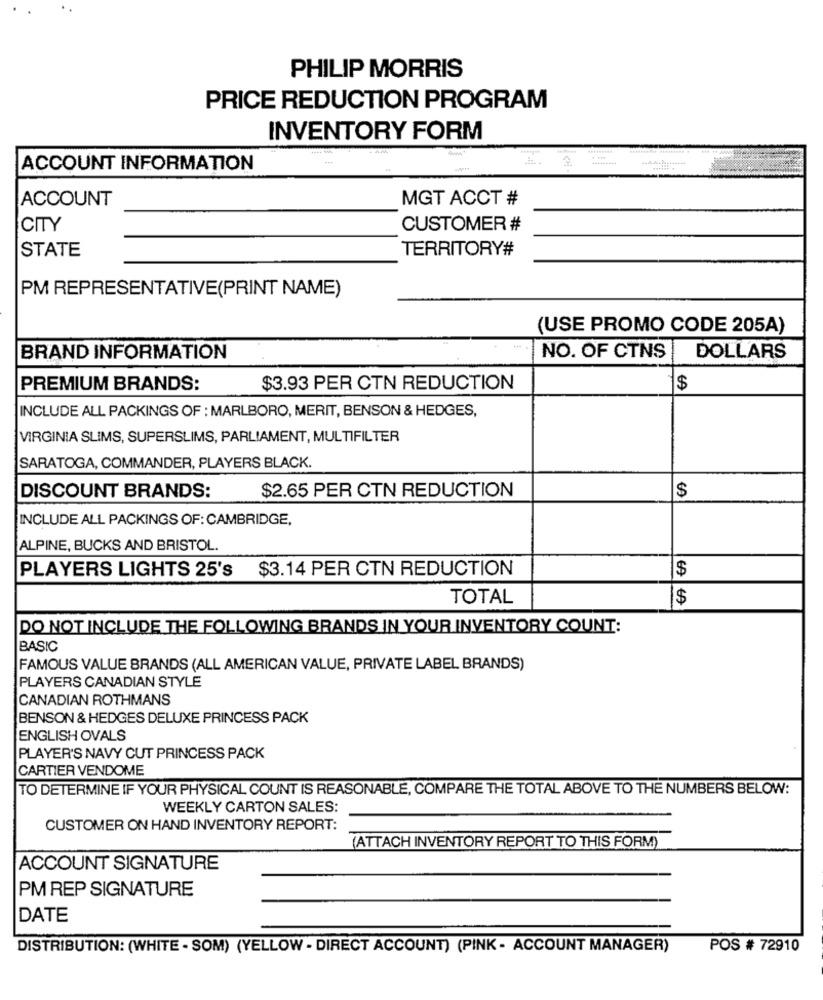
PHILIP MORRIS
PRICE REDUCTION PROGRAM
INVENTORY FORM
.........
ACCOUNT INFORMATION
ACCOUNT
MGT ACCT #
CITY
CUSTOMER #
STATE
TERRITORY#
PM REPRESENTATIVE(PRINT NAME)
(USE PROMO CODE 205A)
BRAND INFORMATION
NO. OF CTNS
DOLLARS
PREMIUM BRANDS:
$3.93 PER CTN REDUCTION
$
INCLUDE ALL PACKINGS OF : MARLBORO, MERIT, BENSON & HEDGES,
VIRGINIA SLIMS, SUPERSLIMS, PARLIAMENT, MULTIFILTER
SARATOGA, COMMANDER, PLAYERS BLACK.
DISCOUNT BRANDS:
$2.65 PER CTN REDUCTION
$
INCLUDE ALL PACKINGS OF: CAMBRIDGE,
ALPINE, BUCKS AND BRISTOL.
PLAYERS LIGHTS 25's $3.14 PER CTN REDUCTION
$
TOTAL
$
DO NOT INCLUDE THE FOLLOWING BRANDS IN YOUR INVENTORY COUNT:
BASIC
FAMOUS VALUE BRANDS (ALL AMERICAN VALUE, PRIVATE LABEL BRANDS)
PLAYERS CANADIAN STYLE
CANADIAN ROTHMANS
BENSON & HEDGES DELUXE PRINCESS PACK
ENGLISH OVALS
PLAYER'S NAVY CUT PRINCESS PACK
CARTIER VENDOME
TO DETERMINE IF YOUR PHYSICAL COUNT IS REASONABLE, COMPARE THE TOTAL ABOVE TO THE NUMBERS BELOW:
WEEKLY CARTON SALES:
CUSTOMER ON HAND INVENTORY REPORT:
(ATTACH INVENTORY REPORT TO THIS FORM)
ACCOUNT SIGNATURE
PM REP SIGNATURE
DATE
DISTRIBUTION: (WHITE - SOM) (YELLOW - DIRECT ACCOUNT) (PINK - ACCOUNT MANAGER)
POS # 72910